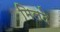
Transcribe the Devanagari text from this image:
मिलदे